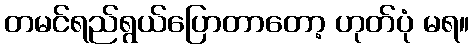
တမင်ရည်ရွယ်ပြောတာတော့ ဟုတ်ပုံ မရ။